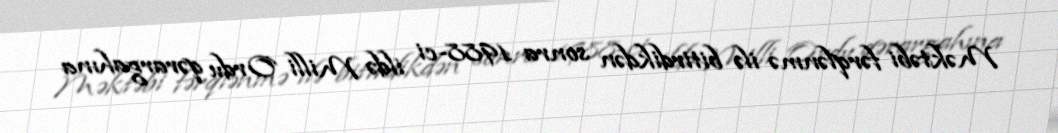
Məktəbi fərqlənmə ilə bitirdikdən sonra 1988-ci ildə Milli Ordu qərargahına